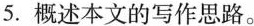
5.概述本文的写作思路。